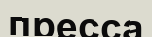
пресса